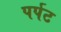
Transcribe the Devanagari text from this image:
पर्पट